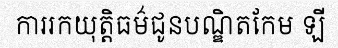
ការរកយុត្តិធម៌ជូនបណ្ឌិតកែម ឡី